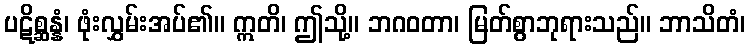
ပဋိစ္ဆန္နံ၊ ဖုံးလွှမ်းအပ်၏။ ဣတိ၊ ဤသို့။ ဘဂဝတာ၊ မြတ်စွာဘုရားသည်။ ဘာသိတံ၊